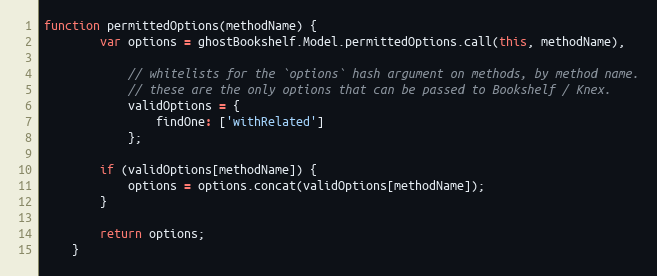
Language: JavaScript
function permittedOptions(methodName) {
        var options = ghostBookshelf.Model.permittedOptions.call(this, methodName),

            // whitelists for the `options` hash argument on methods, by method name.
            // these are the only options that can be passed to Bookshelf / Knex.
            validOptions = {
                findOne: ['withRelated']
            };

        if (validOptions[methodName]) {
            options = options.concat(validOptions[methodName]);
        }

        return options;
    }